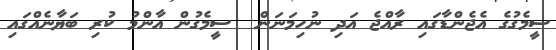
ސީމެގުގެ އެޖެންޑާގައި ރާއްޖެ އަދި ނުހިމަނަން  ސީމެގުން އާންމު ކުރި ބަޔާނެއްގައި